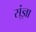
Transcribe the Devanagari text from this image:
स्ंज्ञा